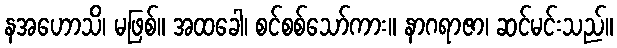
နအဟောသိ၊ မဖြစ်။ အထခေါ၊ စင်စစ်သော်ကား။ နာဂရာဇာ၊ ဆင်မင်းသည်။